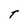
Character: T